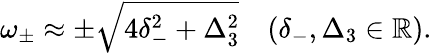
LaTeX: \omega_{\pm}\approx\pm\sqrt{4\delta_{-}^{2}+\Delta_{3}^{2}}\quad(\delta_{-},\Delta_{3}\in\mathbb{R}).